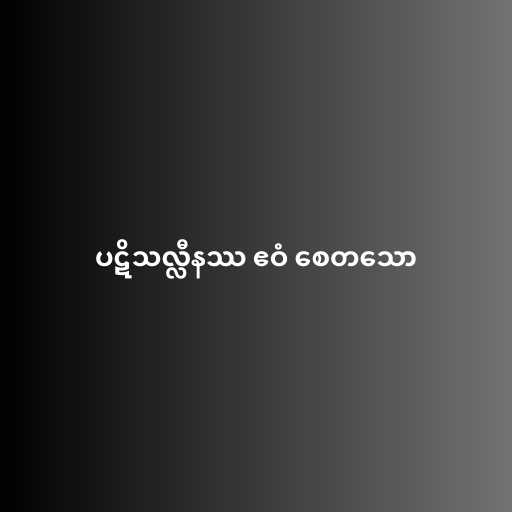
ပဋိသလ္လီနဿ ဧဝံ စေတသော